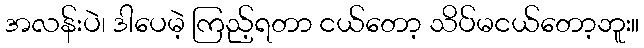
အလန်းပဲ၊ ဒါပေမဲ့ ကြည့်ရတာ ငယ်တော့ သိပ်မငယ်တော့ဘူး။